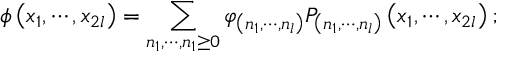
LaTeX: \phi \left( x _ { 1 } , \cdots , x _ { 2 l } \right) = \sum _ { n _ { 1 } , \cdots , n _ { 1 } \geq 0 } \varphi _ { \left( n _ { 1 } , \cdots , n _ { l } \right) } P _ { \left( n _ { 1 } , \cdots , n _ { l } \right) } \left( x _ { 1 } , \cdots , x _ { 2 l } \right) ;